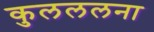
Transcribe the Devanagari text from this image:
कुलललना